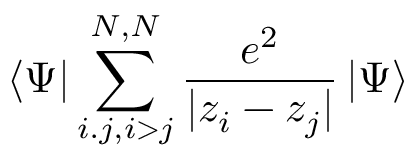
\left< \Psi \right| \sum _ { i . j , i > j } ^ { N , N } \frac { e ^ { 2 } } { | z _ { i } - z _ { j } | } \left| \Psi \right>